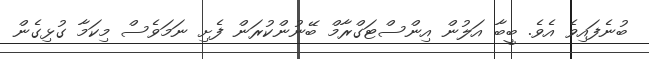
ބުނެފައިވެ އެވެ. ބީބާ އަލުން އިންސްޓަގްރާމް ބޭނުންކުރަން ފެށި ނަމަވެސް މިކަމާ ގުޅިގެން